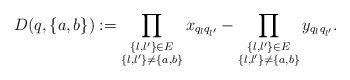
LaTeX: \begin{align*}D(q,\{a,b\}) := \prod_{\substack{\{l,l'\}\in E\\ \{l,l'\}\ne \{a, b\}}}x_{q_lq_{l'}} - \prod_{\substack{\{l,l'\}\in E\\ \{l,l'\}\ne \{a, b\}}}y_{q_lq_{l'}}.\end{align*}